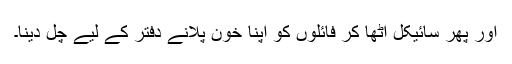
اور پھر سائیکل اٹھا کر فائلوں کو اپنا خون پلانے دفتر کے لیے چل دینا۔